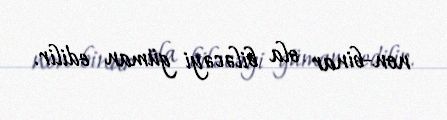
non-binar ola biləcəyi güman edilir.